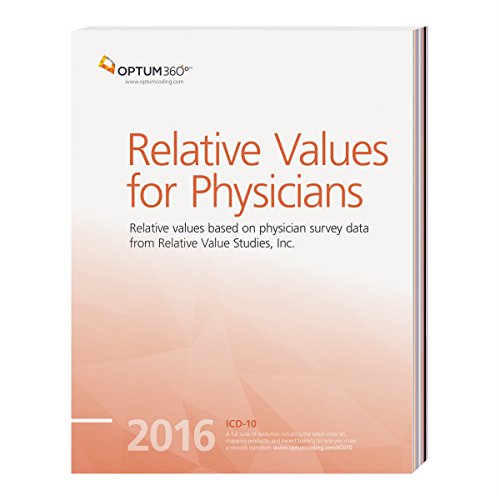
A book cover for Relative Values for Physicians 2016; Optum360; Medical Books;